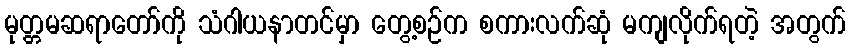
မုတ္တမဆရာတော်ကို သံဂါယနာတင်မှာ တွေ့စဉ်က စကားလက်ဆုံ မကျလိုက်ရတဲ့ အတွက်